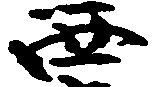
西